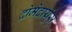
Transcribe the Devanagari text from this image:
द्रोमेदार्यूस्